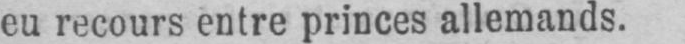
eu recours entre princes allemands.